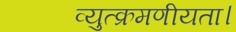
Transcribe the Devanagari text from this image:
व्युत्क्रमणीयता।